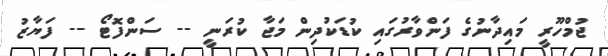
ޖުމްހޫރީ މައިދާނުގެ ފަންވާރުގައި ކުޑަކުދިން މަޖާ ކުރަނީ -- ސަންފޮޓޯ -- ފަޔާޒު